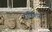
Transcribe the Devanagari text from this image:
ट्राडिशंस